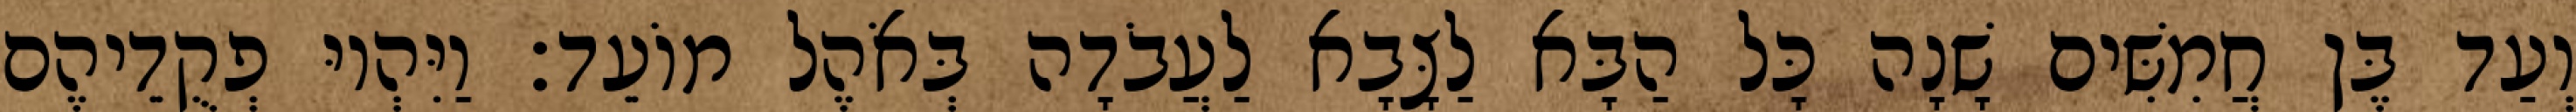
וְעַד בֶּן חֲמִשִּׁים שָׁנָה כָּל הַבָּא לַצָּבָא לַעֲבֹדָה בְּאֹהֶל מוֹעֵד׃ וַיִּהְיוּ פְקֻדֵיהֶם